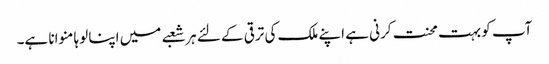
آپ کو بہت محنت کرنی ہے اپنے ملک کی ترقی کے لئے ہر شعبے میں اپنا لوہا منوانا ہے۔